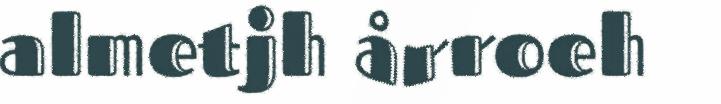
almetjh årroeh